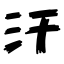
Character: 汗